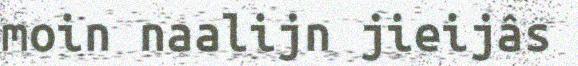
moin naalijn jieijâs